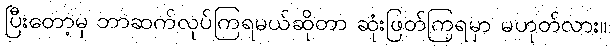
ပြီးတော့မှ ဘာဆက်လုပ်ကြရမယ်ဆိုတာ ဆုံးဖြတ်ကြရမှာ မဟုတ်လား။